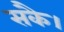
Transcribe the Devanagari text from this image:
सकै।